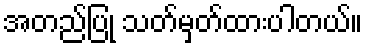
အတည်ပြု သတ်မှတ်ထားပါတယ်။